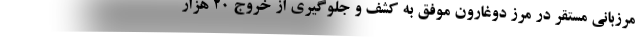
مرزبانی مستقر در مرز دوغارون موفق به کشف و جلوگیری از خروج ۲۰ هزار